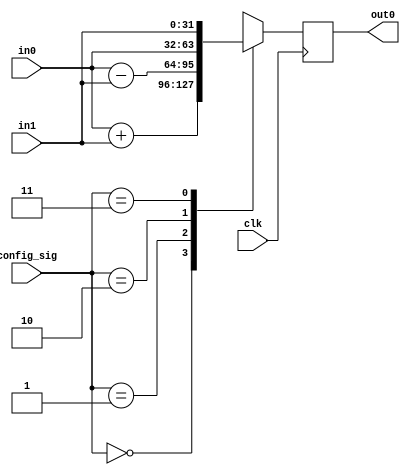
// Module Name: ALU0
// Module Type: FUNC_CELL
// Include Module: 
// Input Ports: in0 in1
// Output Ports: out0
// Special Ports: clk config_sig
// Config Width: 2

module ALU0(clk, config_sig, in0, in1, out0);
    parameter size = 32;
    // Specifying the ports
    input clk;
    input [size-1:0] in0;
    input [size-1:0] in1;
    output reg [size-1:0] out0;
    input [1:0] config_sig;

    // Declaring wires to direct module output into multiplexer
    wire [size-1:0] add_sel;
    wire [size-1:0] sub_sel;

    // Declaring the submodules
    assign add_sel = in0 + in1;
    assign sub_sel = in0 - in1;

    always @(posedge clk)
        case (config_sig)
            0: out0 = add_sel;
            1: out0 = sub_sel;
            2: out0 = in0;
            3: out0 = in1;
            default: out0 = 0;
        endcase
endmodule